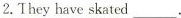
2. They have skated___.